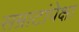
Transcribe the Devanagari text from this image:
सम्राटांपेक्षा